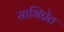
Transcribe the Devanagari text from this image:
साभिप्रेत